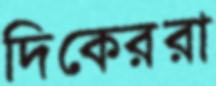
দিকেররা